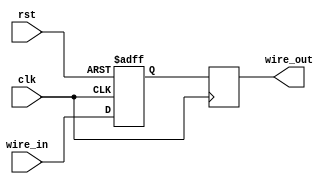
module latch_delay (
    input clk,
    input rst,
    input wire_in,
    output wire_out
);

reg captured_signal;

always @(posedge clk or posedge rst) begin
    if (rst) begin
        captured_signal <= 1'b0;
    end else begin
        captured_signal <= wire_in;
    end
end

always @(posedge clk) begin
    wire_out <= captured_signal;
end

endmodule